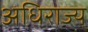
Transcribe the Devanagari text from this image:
अधिराज्य्